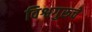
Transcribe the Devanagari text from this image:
विश्वगुरूचे